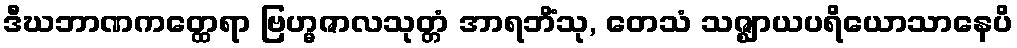
ဒီဃဘာဏကတ္ထေရာ ဗြဟ္မဇာလသုတ္တံ အာရဘိံသု, တေသံ သဇ္ဈာယပရိယောသာနေပိ